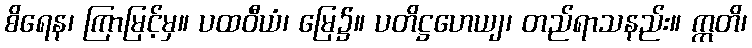
စိရေန၊ ကြာမြင့်မှ။ ပထဝီယံ၊ မြေ၌။ ပတိဋ္ဌဟေယျ၊ တည်ရာသနည်း။ ဣတိ၊